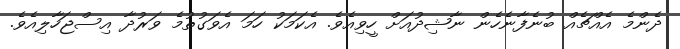
ދެންމެ އެއްޗެއް ބުނެފާނެހެން ނާޝިދުއަށް ހީވިއެވެ. އެކަމަކު ހަމަ އެވަގުތުމެ ވަރުދާ އިސްޖަހާލިއެވެ.